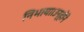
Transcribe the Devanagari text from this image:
निभाया।उन्होंने